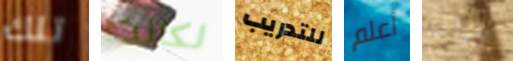
تلك لكانت للتدريب أعلم متوازن